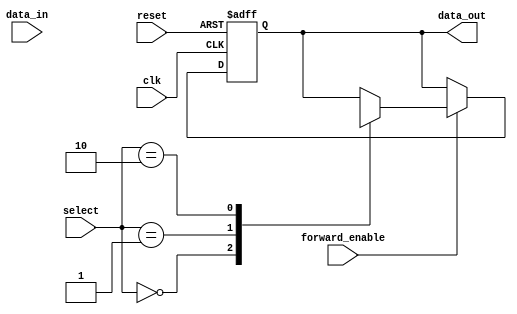
module ForwardingRegister (
    input wire clk,              // Clock signal
    input wire reset,            // Asynchronous reset signal
    input wire [31:0] data_in,   // Input data to be stored
    input wire forward_enable,    // Control signal to enable forwarding
    input wire [1:0] select,      // Control signal for multiple data inputs
    output reg [31:0] data_out    // Output data from the register
);

// Internal registers for storing multiple data inputs if needed
reg [31:0] data_source_0; // Example data source 0
reg [31:0] data_source_1; // Example data source 1
// Add more data sources as needed

// Always block for synchronous operation
always @(posedge clk or posedge reset) begin
    if (reset) begin
        // Clear the register on reset
        data_out <= 32'b0; // Initialize to zero
        // Optionally clear data sources if needed
        // data_source_0 <= 32'b0;
        // data_source_1 <= 32'b0;
    end else if (forward_enable) begin
        // Forwarding logic based on the select signal
        case (select)
            2'b00: data_out <= data_in;               // Forwarding input data
            2'b01: data_out <= data_source_0;         // Forwarding from source 0
            2'b10: data_out <= data_source_1;         // Forwarding from source 1
            // Add more cases for additional sources if needed
            default: data_out <= data_out;            // Retain previous value
        endcase
    end else begin
        // Retain previous value if forwarding is not enabled
        data_out <= data_out;
    end
end

endmodule